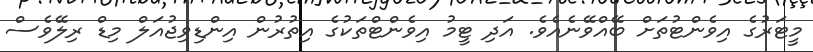
މީޓަރުގެ އިވެންޓުތަށް ބޭއްވޭނެއެވެ. އަދި ޓީމު އިވެންޓްތަކުގެ އިތުރުން އިންޑިވިޖުއަލް މިޑް ރިލޭވެސް